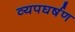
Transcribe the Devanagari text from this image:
व्यपघर्षण